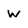
Character: W